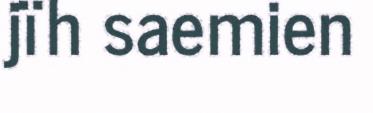
jïh saemien